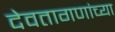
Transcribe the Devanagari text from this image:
देवतागणांच्या